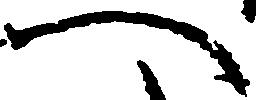
へ